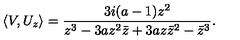
\langle V , U _ { z } \rangle = \frac { 3 i ( a - 1 ) z ^ { 2 } } { z ^ { 3 } - 3 a z ^ { 2 } { \bar { z } } + 3 a z { \bar { z } } ^ { 2 } - { \bar { z } } ^ { 3 } } .